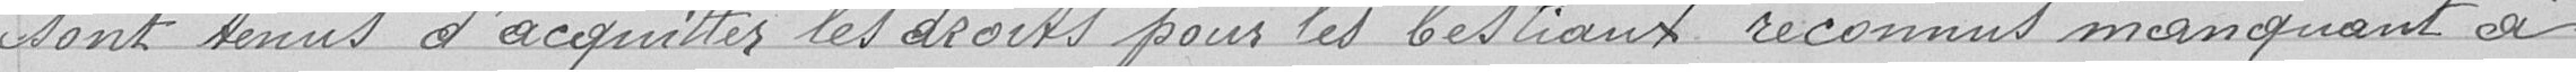
sont tenus d'acquitter les droits pour les bestiaux reconnus manquant à